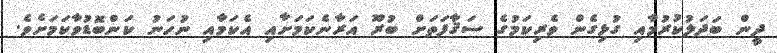
ދީން ބަދަލުކުރުމާއި ގުޅިގެން ވެރިކަމުގެ ސަޤާފަތަށް ބުރޫ އަރާނެކަމަށާއި އެކަމާއި ނުހަނު ކަންބޮޑުވާކަމަށެވެ.